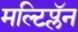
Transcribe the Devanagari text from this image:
मल्टिप्लॅन